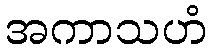
အကာသဟံ